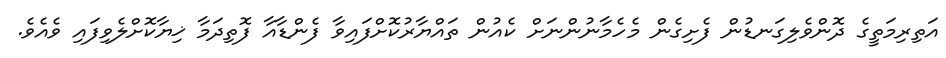
އަތިރިމަތީގެ ދޮންވެލިގަނޑުން ފެށިގެން މެހެމާނުންނަށް ކެއުން ތައްޔާރުކޮށްފައިވާ ފެންޑާއާ ފޮތިދަމާ ޚިޔާކޮށްލެވިފައި ވެއެވެ.